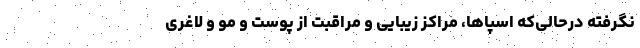
نگرفته درحالی‌که اسپاها، مراکز زیبایی و مراقبت از پوست و مو و لاغری